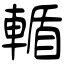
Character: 輴